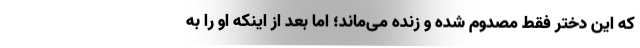
که این دختر فقط مصدوم شده و زنده می‌ماند؛ اما بعد از اینکه او را به